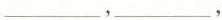
___，___，